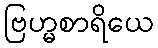
ဗြဟ္မစာရိယေ